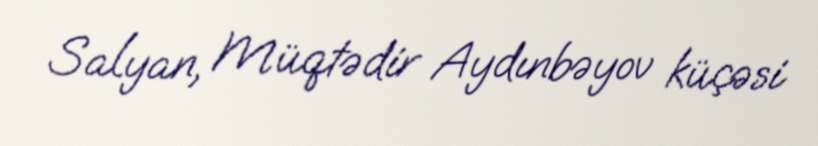
Salyan, Müqtədir Aydınbəyov küçəsi